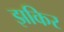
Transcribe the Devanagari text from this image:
झकिर